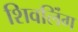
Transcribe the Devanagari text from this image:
शिवलिंंग